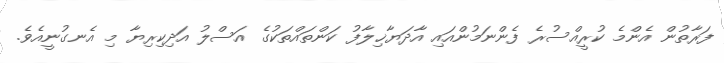
ފަރާތުން އެންމެ ކުރީއްސުރެ ފެންނަމުންއައި އާދަޔާޚިލާފު ކަންތައްތަކުގެ އަސްލު އަދިކިރިޔާ މި އެނގުނީއެވެ.